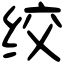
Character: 绞